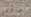
ماكغي